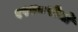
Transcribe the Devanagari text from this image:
१९४८रोजी